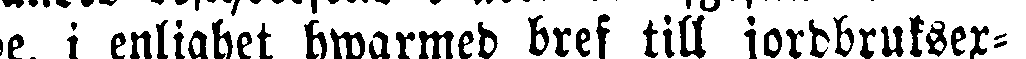
e, i enlighet hwarmed bref till jordbrukser-